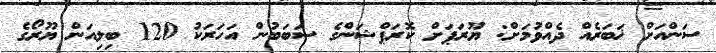
ސަންއަށް ޚަބަރެއް ދެއްވުމަށް: ޔޫރަޕަށް ކޮރަޕްޝަންގެ ސަބަބުން އަހަރަކު 120 ބިލިއަން ޔޫރޯގެ